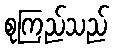
စုကြည်သည်